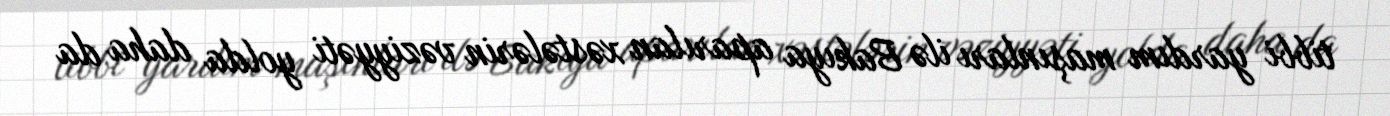
tibbi yardım maşınları ilə Bakıya aparılan xəstələrin vəziyyəti yolda daha da